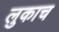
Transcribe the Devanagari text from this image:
लुकाच